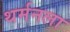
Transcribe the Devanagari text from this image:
थर्मनला